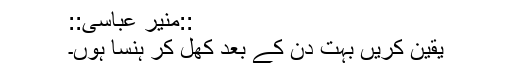
::منیر عباسی::
یقین کریں بہت دن کے بعد کھل کر ہنسا ہوں۔